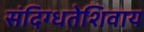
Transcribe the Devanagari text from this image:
संदिग्धतेशिवाय